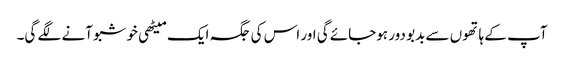
آپ کے ہاتھوں سے بدبو دور ہوجائے گی اور اس کی جگہ ایک میٹھی خوشبو آنے لگے گی۔